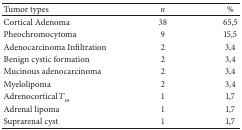
<table><thead><tr><td><b>Tumor types</b></td><td><b><i>n</i></b></td><td><b>%</b></td></tr></thead><tbody><tr><td>Cortical Adenoma</td><td>38</td><td>65,5</td></tr><tr><td>Pheochromocytoma</td><td>9</td><td>15,5</td></tr><tr><td>Adenocarcinoma Infiltration</td><td>2</td><td>3,4</td></tr><tr><td>Benign cystic formation</td><td>2</td><td>3,4</td></tr><tr><td>Mucinous adenocarcinoma</td><td>2</td><td>3,4</td></tr><tr><td>Myelolipoma</td><td>2</td><td>3,4</td></tr><tr><td>Adrenocortical <i>T</i><sub><i>m</i></sub></td><td>1</td><td>1,7</td></tr><tr><td>Adrenal lipoma</td><td>1</td><td>1,7</td></tr><tr><td>Suprarenal cyst</td><td>1</td><td>1,7</td></tr></tbody></table>